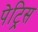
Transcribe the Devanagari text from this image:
पेट्रिस